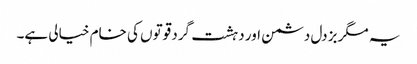
یہ مگر بزدل دشمن اور دہشت گرد قوتوں کی خام خیالی ہے۔